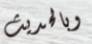
وبالحديث